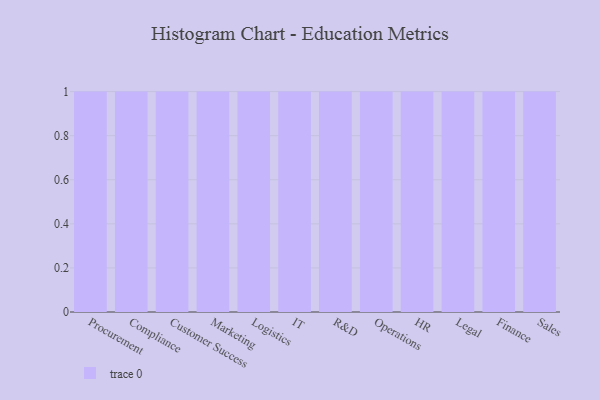
{"axis": {"x": "Department", "y": "LTV (USD)"}, "legend": [""], "data": [{"x": "Procurement", "y": 65, "type": ""}, {"x": "Compliance", "y": 53, "type": ""}, {"x": "Customer Success", "y": 18, "type": ""}, {"x": "Marketing", "y": 49, "type": ""}, {"x": "Logistics", "y": 95, "type": ""}, {"x": "IT", "y": 96, "type": ""}, {"x": "R&D", "y": 25, "type": ""}, {"x": "Operations", "y": 69, "type": ""}, {"x": "HR", "y": 5, "type": ""}, {"x": "Legal", "y": 71, "type": ""}, {"x": "Finance", "y": 2, "type": ""}, {"x": "Sales", "y": 62, "type": ""}]}